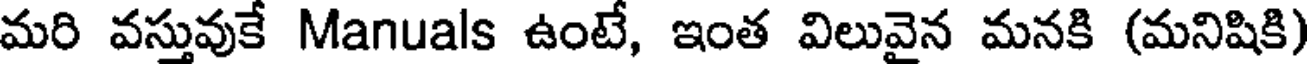
మరి వస్తువుకే Manuals ఉంటే, ఇంత విలువైన మనకి (మనిషికి)